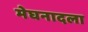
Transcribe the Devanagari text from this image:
मेघनादला